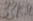
Text: 33KΩ